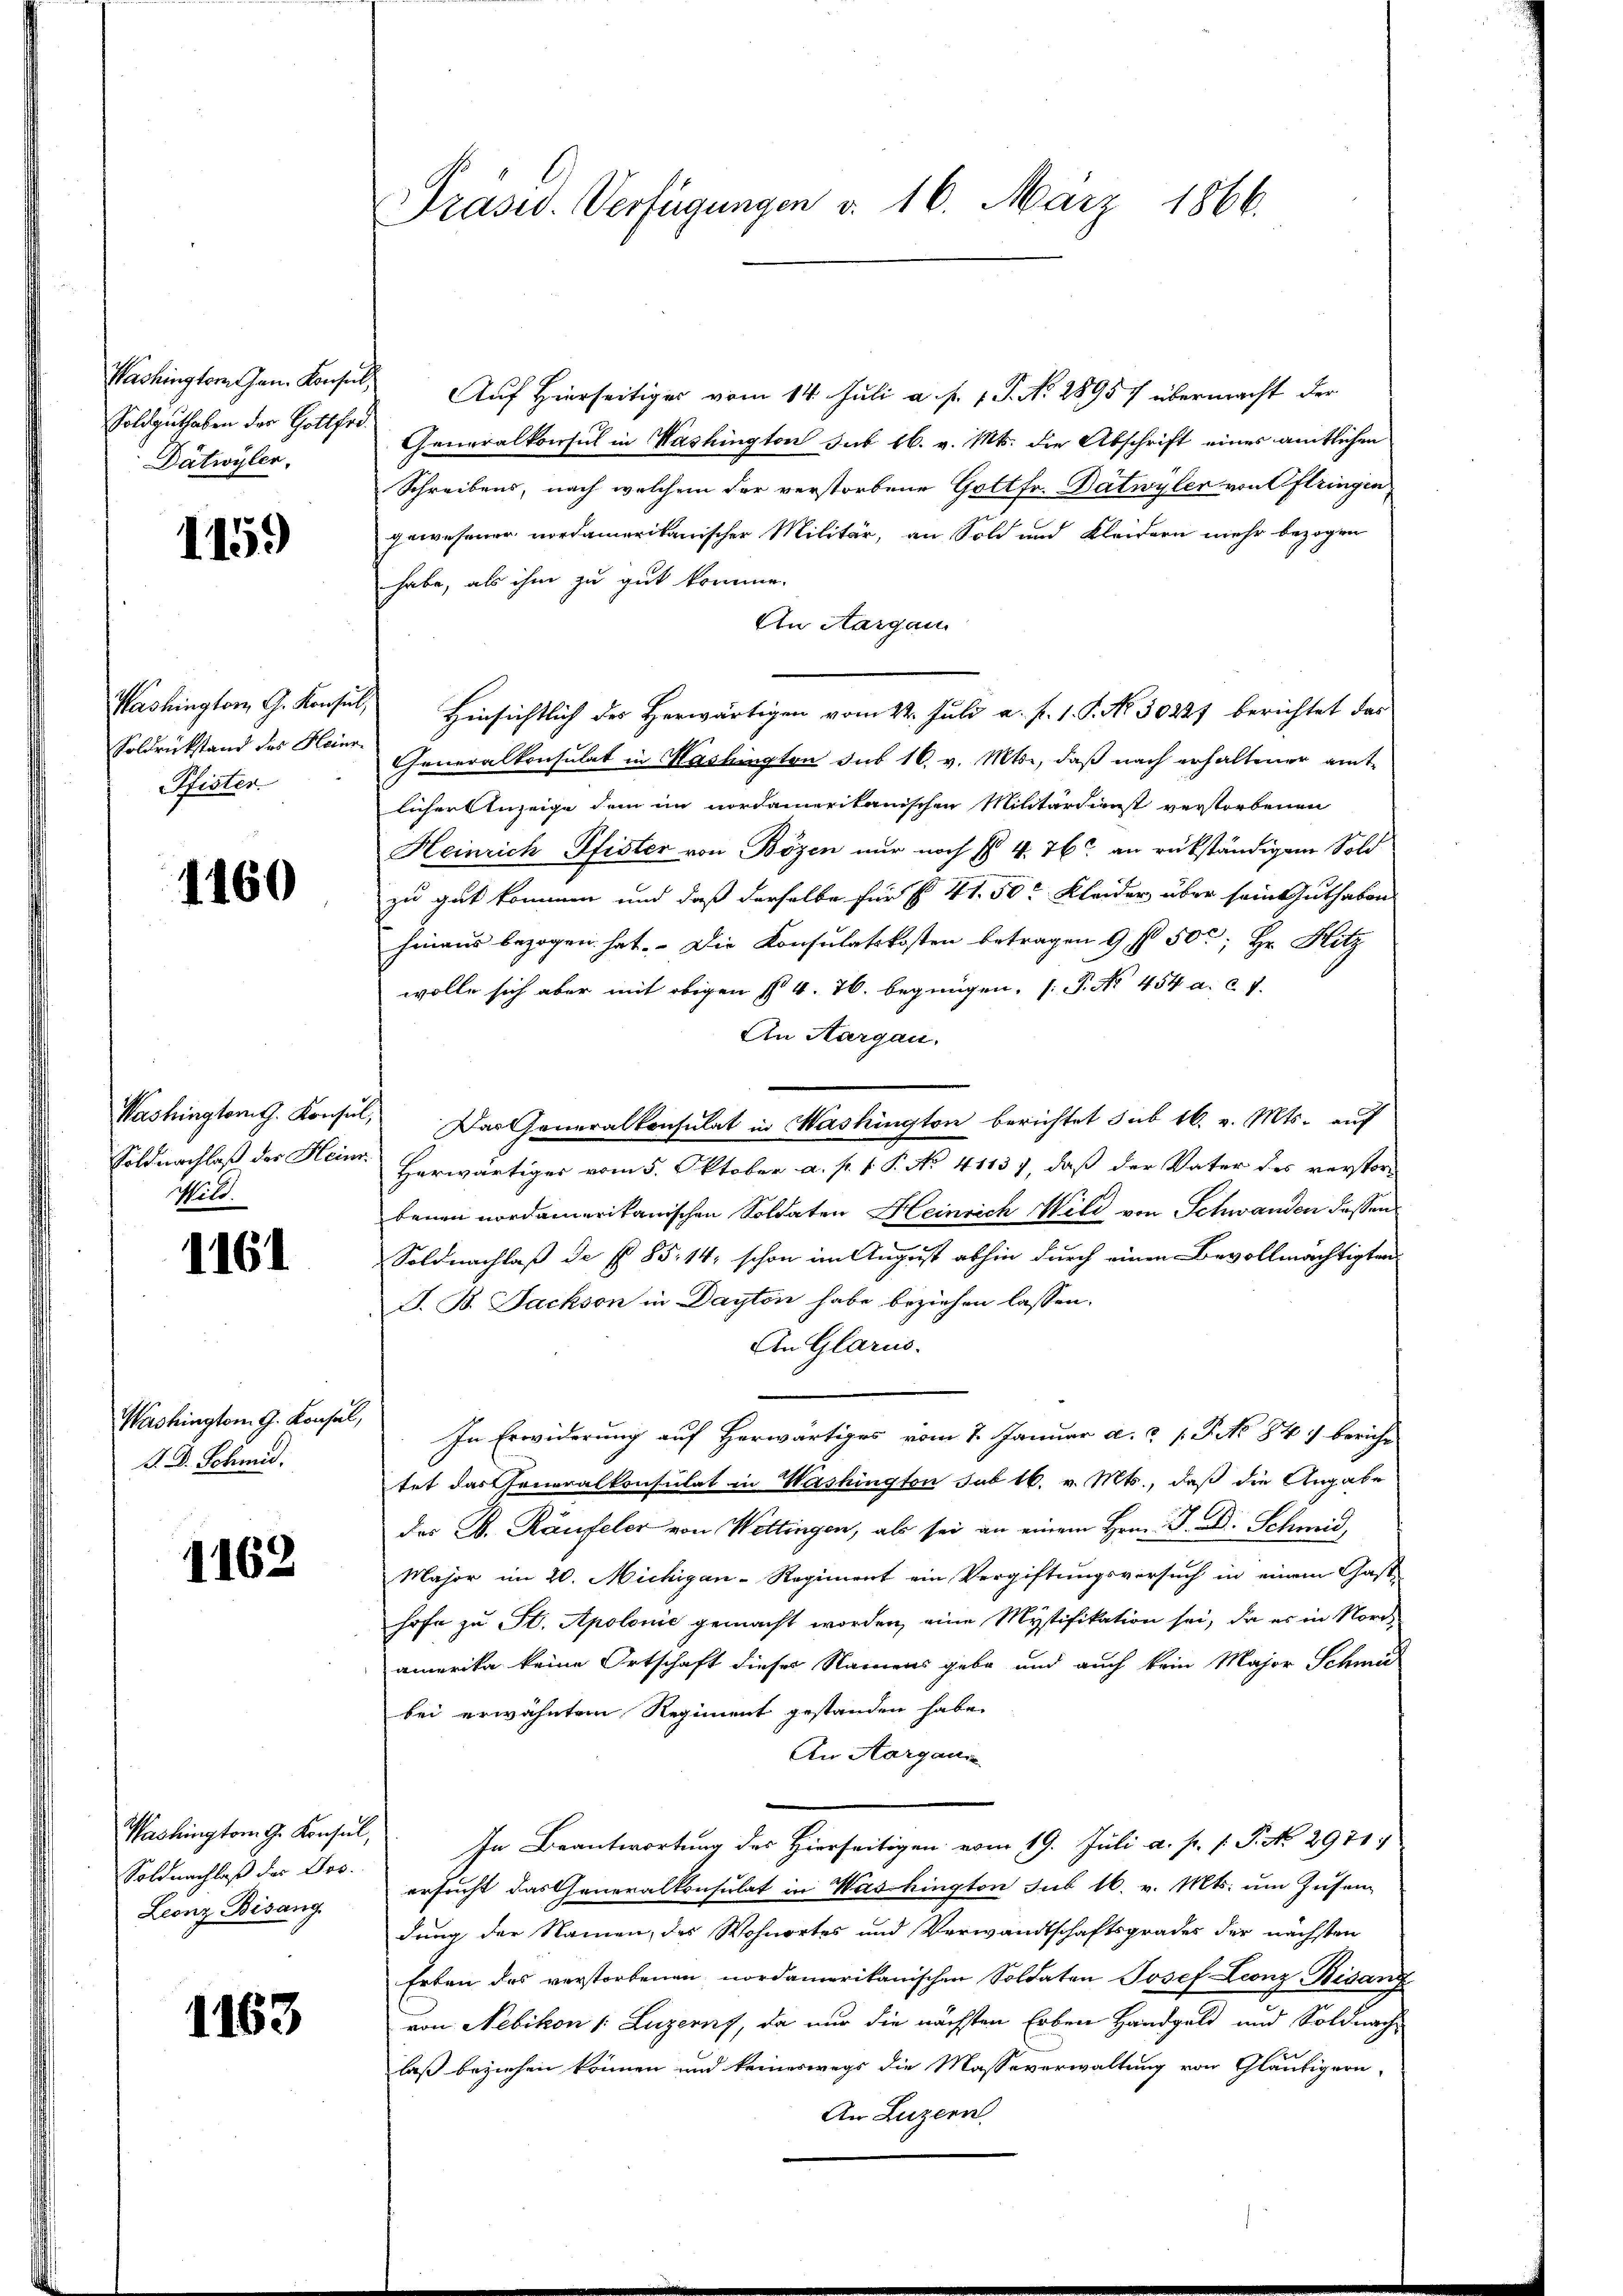
Washingtorn Jan. Konsul,
Soldguthaben der Gottfrd.
Dätwyler.

1459

Washington G. Konse
Soldrückstand des Hein¬
Pfister

1160

Washingtorith. Konsil
Soldnachlaß des Heim
Wild.

1161

Washington G. Konsul
V. D. Schmid.

1162

Washington G. Konsul
Soldnachlaß des Jos.
Leonz Bisang

1163

Präsid. Verfügungen d. 16. März 1866.

Auf Hierseitiges vom 14. Juli a. p. 1. J. No. 28957 übermacht der
Generalkonsul in Washington sub 16. v. Mts. die Abschrift eines amtlichen
Schreibens, nach welchem der verstorbene Gottfr. Batwyler von Oftringen
gewesener nordamerikanischer Militär, an Sold und Kleidern mehr bezogen
habe, als ihm zu gut komme.
An Aargau
Hinsichtlich des Herwärtigen vom 22. Juli a. f. 1. P. No 30227 berichtet das
f
Generalkonsulat in Washington das 16. v. Mts., daß nach erhaltener amtlicher Anzeige dem im nordamerikanischen Militärdienst verstorbenen
Heinrich Pfister von Bözen nur noch § 4. 76 an rükständigen Sold
zu gut kommen und daß derselbe für f. 41. 50 Kleider über sein Guthaben
hinaus bezogen hat. Die Konsulatskosten betragen 9 f 50; Hr. Hitz
wolle sich aber mit obigen § 4. 16. begnügen, P. Nr. 454 a. c. v.
An Aargau,
Das Generalkonsulat in Washington berichtet sub 16. v. Mts. auf
Herwärtiger vom 5. Oktober a. p. 1. P. No 4113), daß der Vater des verstorbenen nordamerikanischen Soldaten Heinrich Wild von Schwanden dassen
Soldnachlaß de fl. 85. 14, schon im August abhin durch einen Bevollmächtigten
J. B. Sachson in Dayton habe beziehen lassen.
An Glarus.
In Erwiderung auf Herwärtiges vom 7. Januar a. a. p. P. No 847 bericht
tet das Generalkonsulat in Washington sub 16. v. Mts., daß die Angabe
der B. Käufeler von Wettingen, als sei an einem Hrn. M. D. Schmid,
Major im 20. Michigan-Regiment ein Vergiftungsversuch in einem Gast-
hofe zu St. Apolone gemacht worden, eine Mystifikation sei, da es in Nordamerika keine Ortschaft dieser Namens gebe und auch kein Major Schmi
bei erwähntem Regiment gestanden habe.
An Aargau
In Beantwortung des Hierseitigen vom 19. Juli a. p. 1. P. N. 2971
ersucht das Generalkonsulat in Washington sub 16. v. Mts. um Zusam
dung der Namen, des Wohnortes und Verwandtschaftsgrades der nächsten
Erben des verstorbenen nordamerikanischen Soldaten Josef Leonz Bisan
von Nebikon /: Luzerns, da nur die nächsten Erben Handgeld und Soldnach
laß beziehen können und keineswegs die Masseverwaltung von Gläubigern
An Luzern.